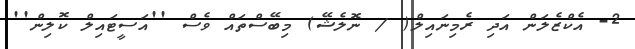
2- އެކްޒެލަން އަދި ރެމިނައިލް( / ނޮލެޝޭ) މިބޭސްތައް ވެސް ''އަސީޓައިލް ކޮލިން''